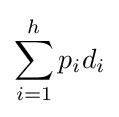
\sum _{i=1}^{h}p_{i}d_{i}